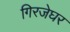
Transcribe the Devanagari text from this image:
गिरजेघर